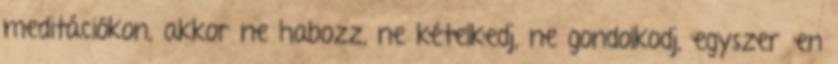
meditációkon, akkor ne habozz, ne kételkedj, ne gondolkodj, egyszerűen